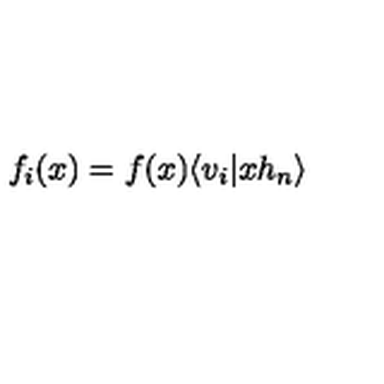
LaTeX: f _ { i } ( x ) = f ( x ) \langle v _ { i } \vert x h _ { n } \rangle